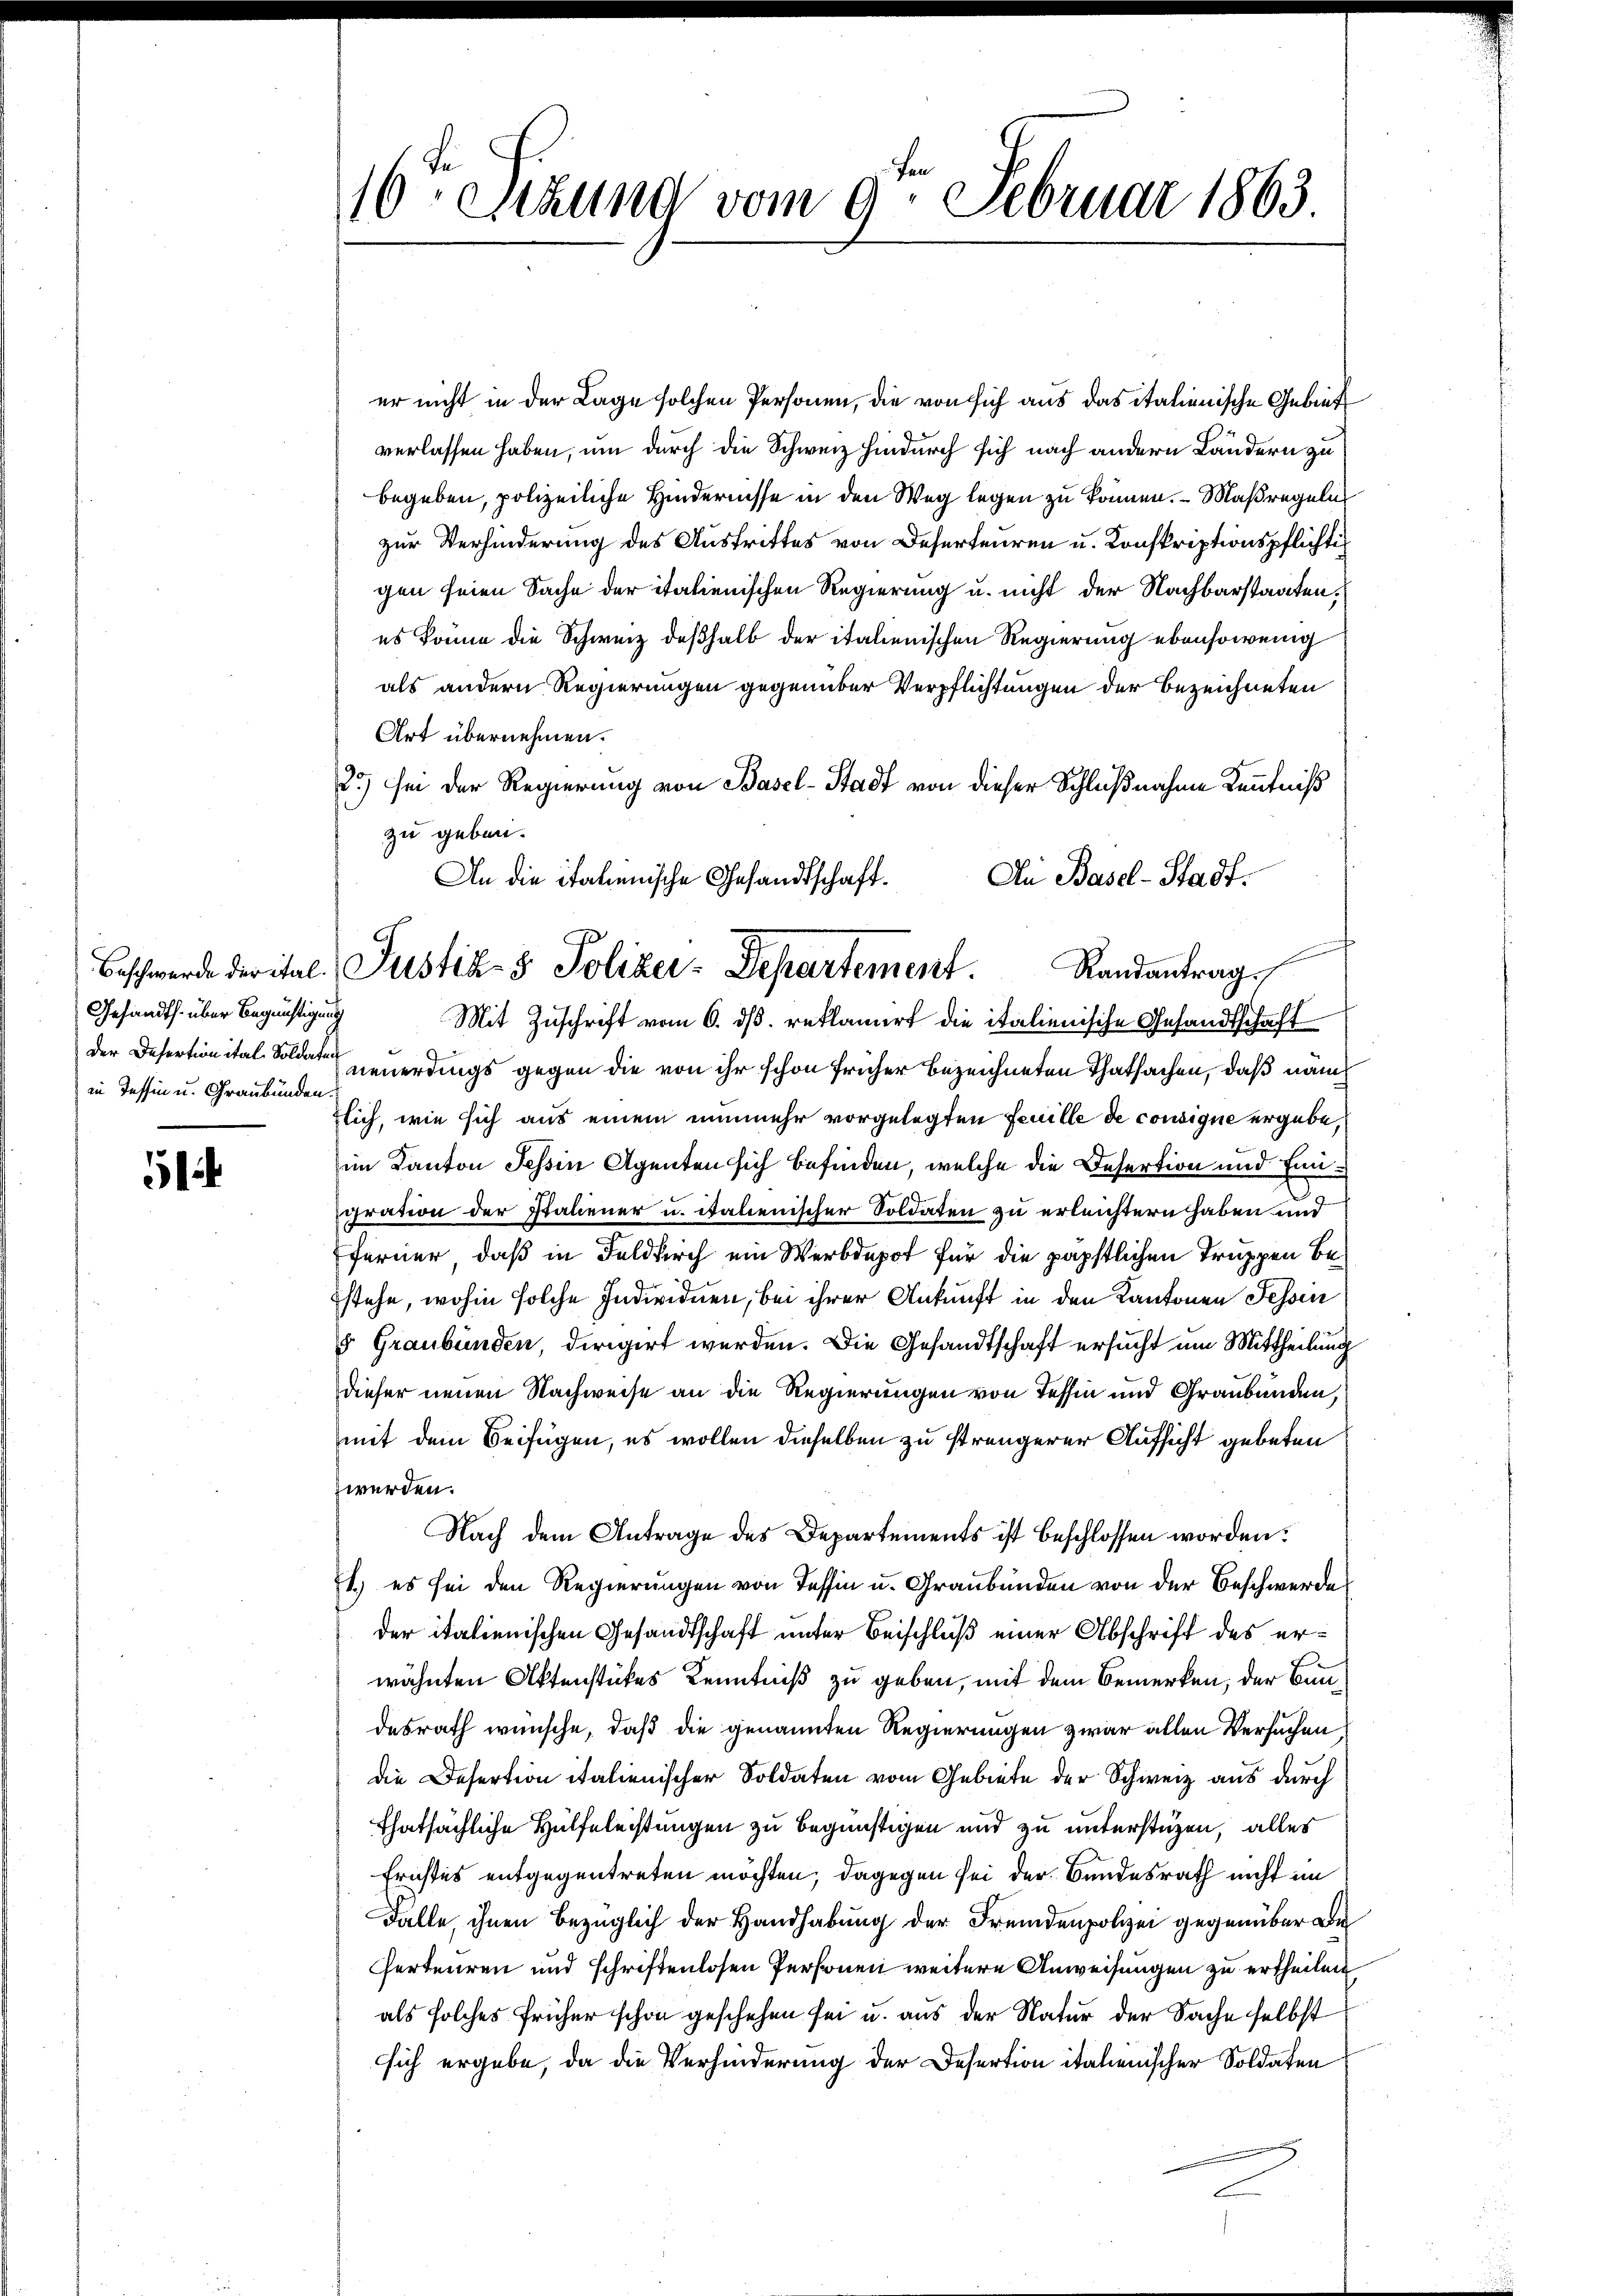
Gesandts. über Begünstigung
in Tessin u. Graubünden

¬

10 Stund vom 9. Februar 1863.

er nicht in der Lage solchen Personen, die von sich aus das italienische Gebiet
verlassen haben, um durch die Schweiz hindurch sich nach andern Ländern zu
begeben, polizeiliche Hindernisse in den Weg legen zu können. – Maßregeln
zur Verhinderung des Austrittes von Deserteuren u. Konskriptionspflichtig
gen seien Sache der italienischen Regierung u. nicht der Nachbarstaaten,
es könne die Schweiz deßhalb der italienischen Regierung ebensowenig
als andern Regierungen gegenüber Verpflichtungen der bezeichneten
Art übernehmen.
2) sei der Regierung von Basel-Stadt von dieser Schlußnahme Kenntniß
zu geben.
Mit Zuschrift vom 6. ds. reklamiert die italienische Gesandtschaft
der Desertion ital Soldaten neuerdings gegen die von ihr schon früher bezeichneten Thatsachen, daß nämtlich, wie sich aus einem nunmehr vorgelegten Feuille de consigne ergebe,
im Kanton Tessin Agenten sich befinden, welche die Desertion und Eingration der Italiener u. italienischer Soldaten zu erleichtern haben und
ferner, daß in Feldkirch ein Werbdepot für die päpstlichen Truppen bestehe, wohin solche Individuen, bei ihrer Ankunft in den Kantonen Fessen
5 Graubünden, dirigirt werden. Die Gesandtschaft ersucht um Mittheilung
dieser neuen Nachweise an die Regierungen von Tessin und Graubünden,
mit dem Beifügen, es wollen dieselben zu strengerer Aufsicht gebeten
zwerden.
Nach dem Antrage des Departements ist beschlossen worden.
Es.) es sei den Regierungen von Tessin u. Graubünden von der Beschwerde
der italienischen Gesandtschaft unter Beischluß einer Abschrift des erwähnten Aktenstückes Kenntniß zu geben, mit dem Bemerken, der Bundesrath wünsche, daß die genannten Regierungen zwar allen Versuchen
die Desertion italienischer Soldaten vom Gebiete der Schweiz aus durch
Thatsächliche Hülfeleistungen zu begünstigen und zu unterstüzen, alles
Fristes entgegentreten möchten, dagegen sei der Bundesrath nicht im
Falle, ihnen bezüglich der Handhabung der Fremdenpolizei gegenüber Be
Perteuren und schriftenlosen Personen weitere Anweisungen zu ertheilen
als solches früher schon geschehen sei u. aus der Natur der Sache selbst
sich ergebe, da die Verhinderung der Desertion italienischer Soldaten
E

An die italienische Gesandtschaft. An Basel-Stadt.
d
Beschwerde der ital. Justiz- & Polizer-Departement. Randantrag